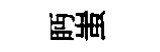
眄蚩